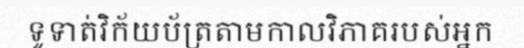
ទូទាត់វិក័យប័ត្រតាមកាលវិភាគរបស់អ្នក